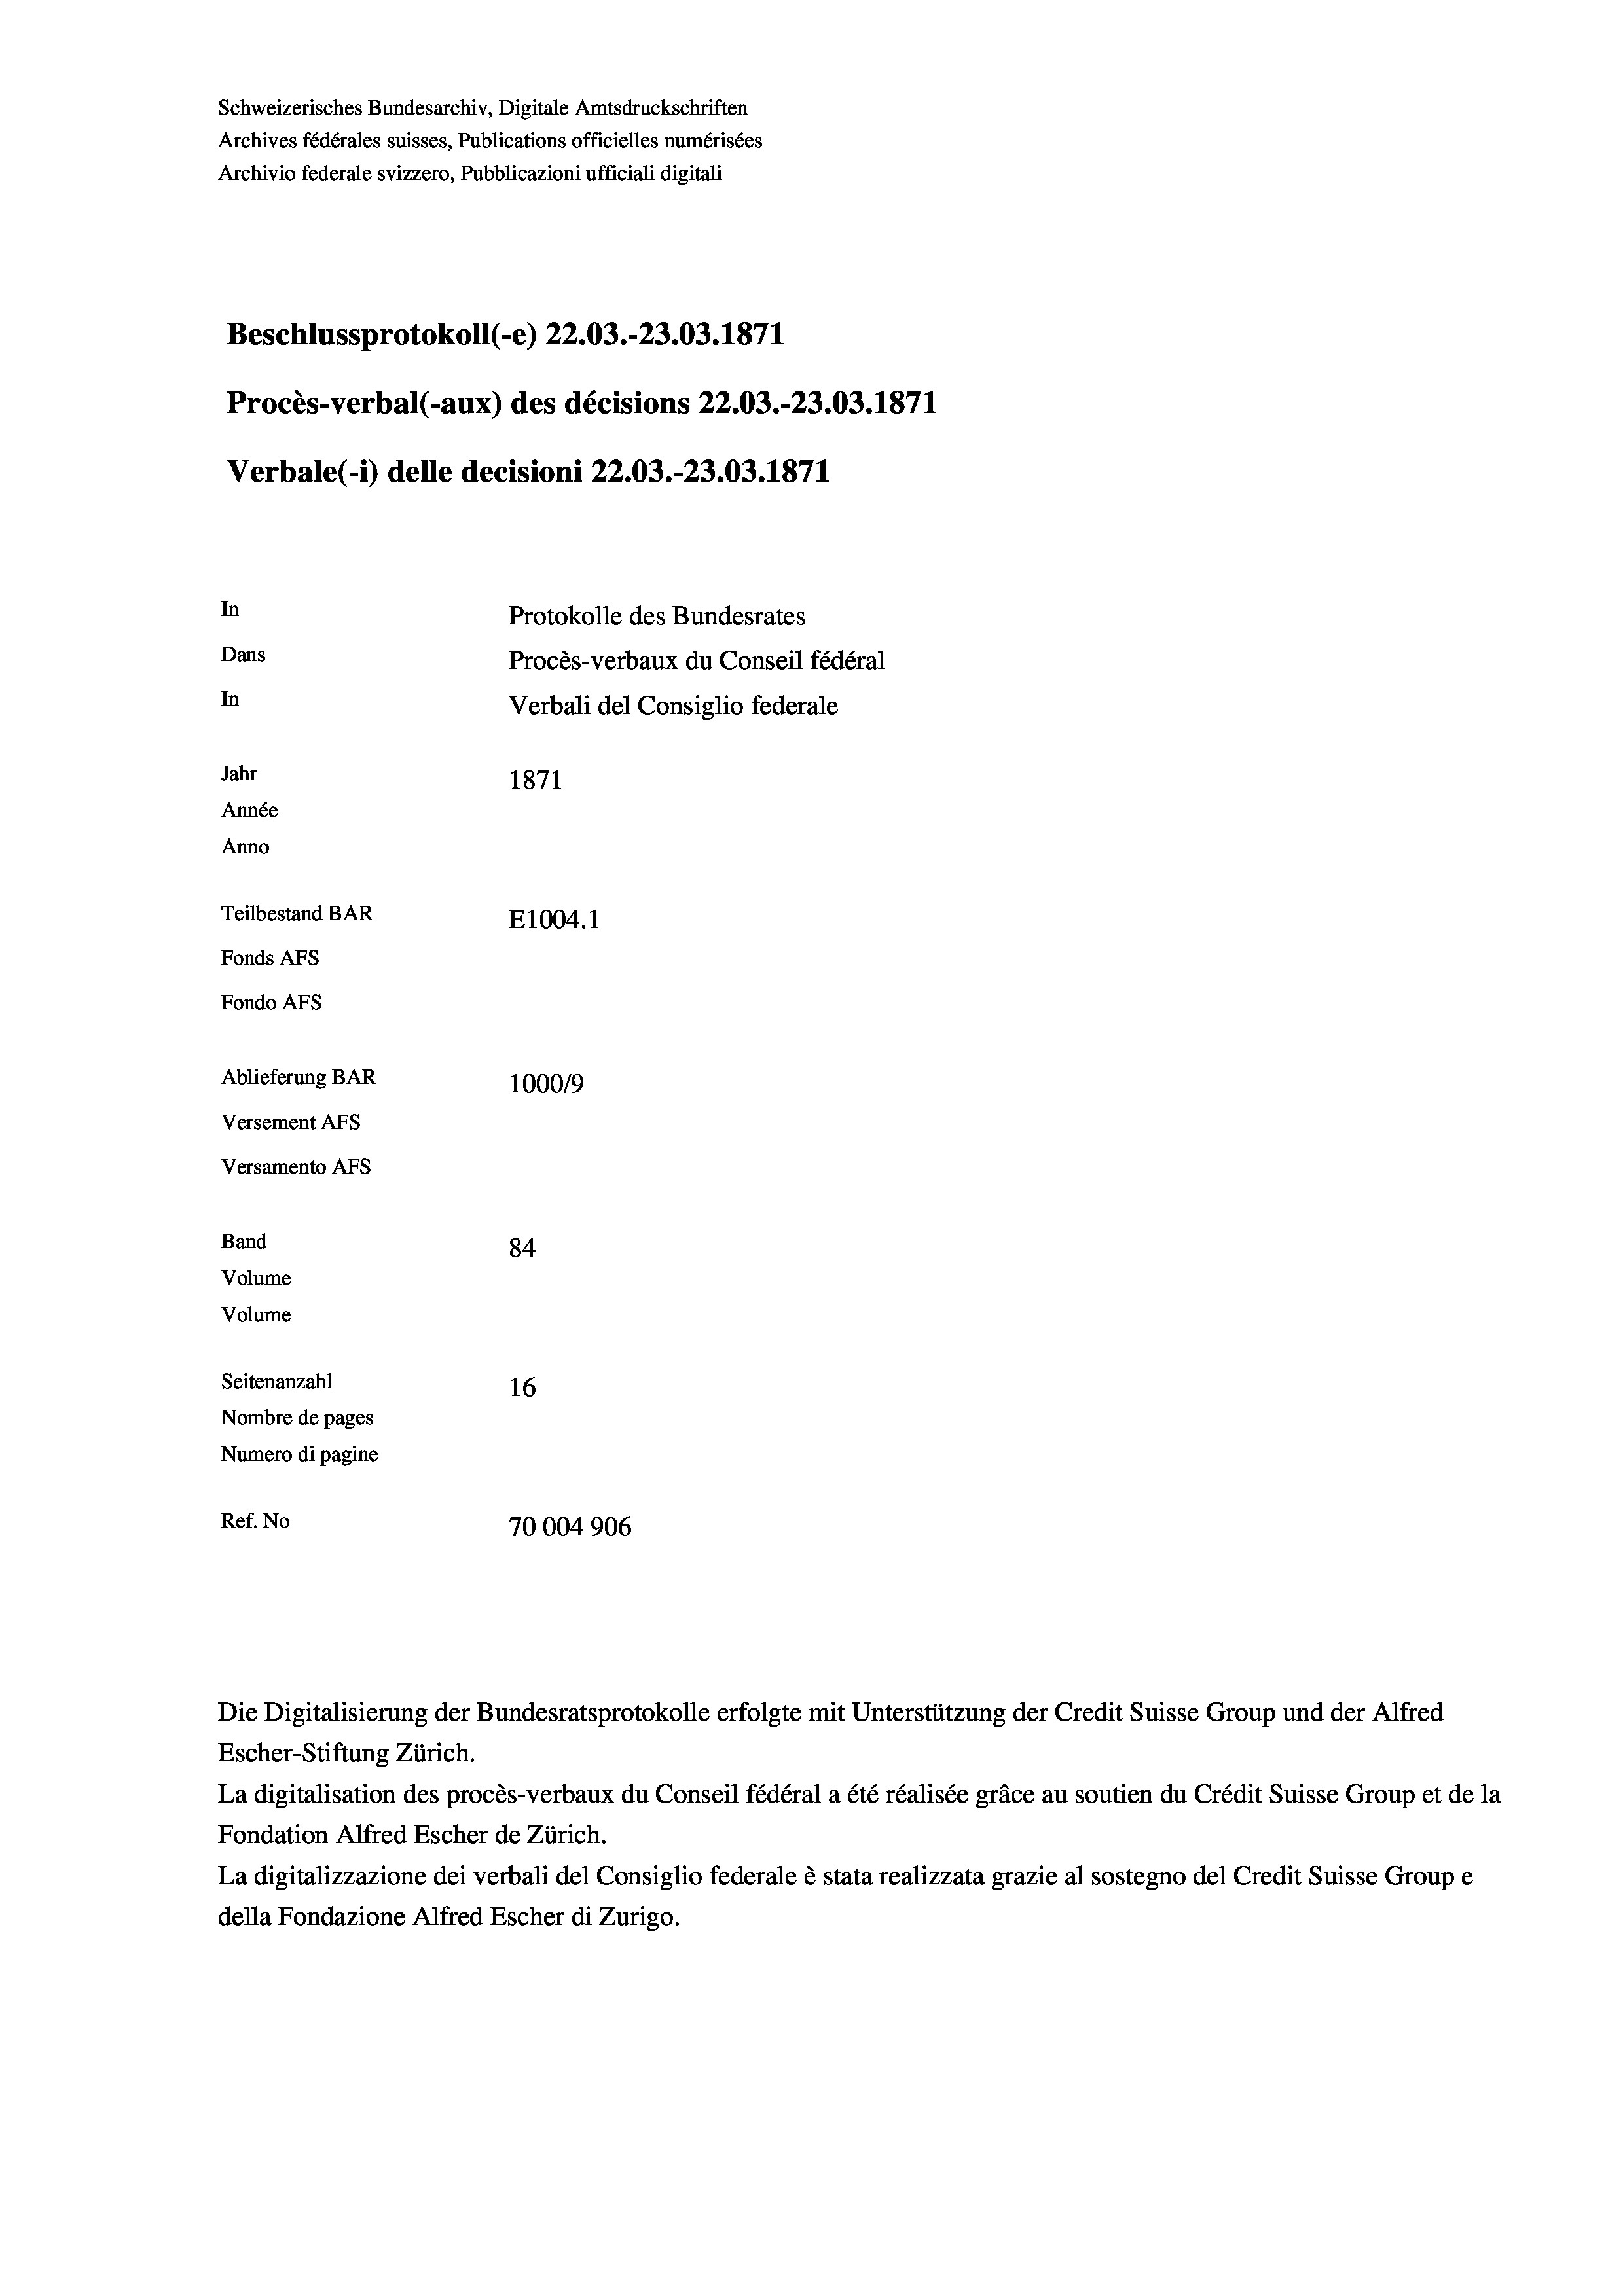
Schweizerisches Bundesarchiv, Digitale Amtsdruckschriften
Archives fédérales suisses, Publications officielles numérisées
Archivio federale svizzero, Pubblicazioni ufficiali digitali
Beschlussprotokoll (-e) 22.03.-23.03. 1871
Procès-verbal (-aux) des décisions 22.03.-23.03. 1871
Verbale (i) delle decisioni 22.03.-23.03. 1871
In
Protokolle des Bundesrates
Dans
Procès-verbaux du Conseil fédéral
In
Verbali del Consiglio federale
Jahr
1871
Année
Anno
Teilbestand BAR
E1004. 1
Fonds AFs
Fondo AFS
Ablieferung BAR
100019
Versement AFs
Versamento Afs
Band
84
Volume
Volume
Seitenanzahl
16

Nombre de pages
Numero di pagine
Ref. No
70004906

Escher-Stiftung Zürich.
La digitalisation des procès-verbaux du Conseil fédéral a été réalisée gräce au soutien du Crédit Suisse Group et de la
Fondation Alfred Escher de Zürich.
La digitalizzazione dei verbali del Consiglio federale è stata realizzata grazie al sostegno del Credit Suisse Groupe
della Fondazione Alfred Escher di Zurigo.

Die Digitalisierung der Bundesratsprotokolle erfolgte mit Unterstützung der Credit Suisse Group und der Alfred